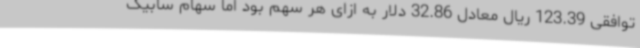
توافقی 123.39 ریال معادل 32.86 دلار به ازای هر سهم بود اما سهام سابیک